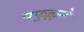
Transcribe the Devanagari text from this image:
प्रफुल्लने